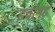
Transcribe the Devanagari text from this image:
इचागढ़